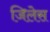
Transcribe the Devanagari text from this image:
जिलेस